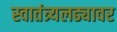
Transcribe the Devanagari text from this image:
स्वातंत्र्यलढ्यावर